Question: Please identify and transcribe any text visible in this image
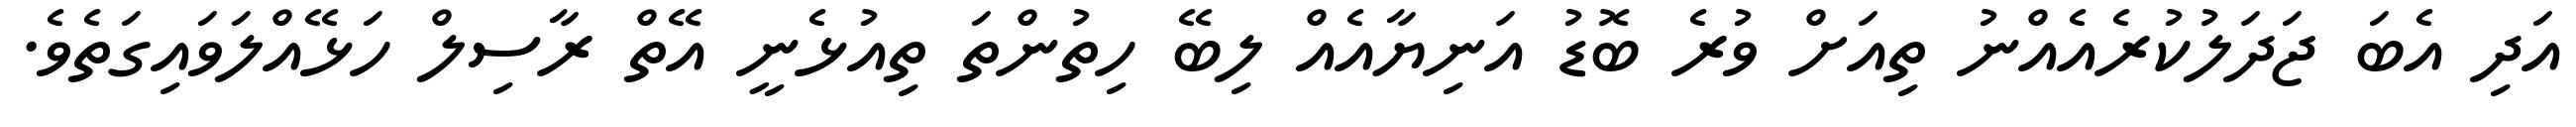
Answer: އަދި އެބަ ޖަދަލުކުރެއެއްނު ތިއަށް ވުރެ ބޮޑު އަނިޔާއެއް ލިބޭ ހިތުންތަ ތިއުޅެނީ އޭތް ރާސިލް ހަޅޭއްލަވައިގަތެވެ.